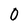
Character: 0